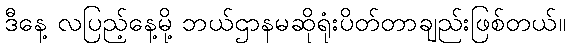
ဒီနေ့ လပြည့်နေ့မို့ ဘယ်ဌာနမဆိုရုံးပိတ်တာချည်းဖြစ်တယ်။